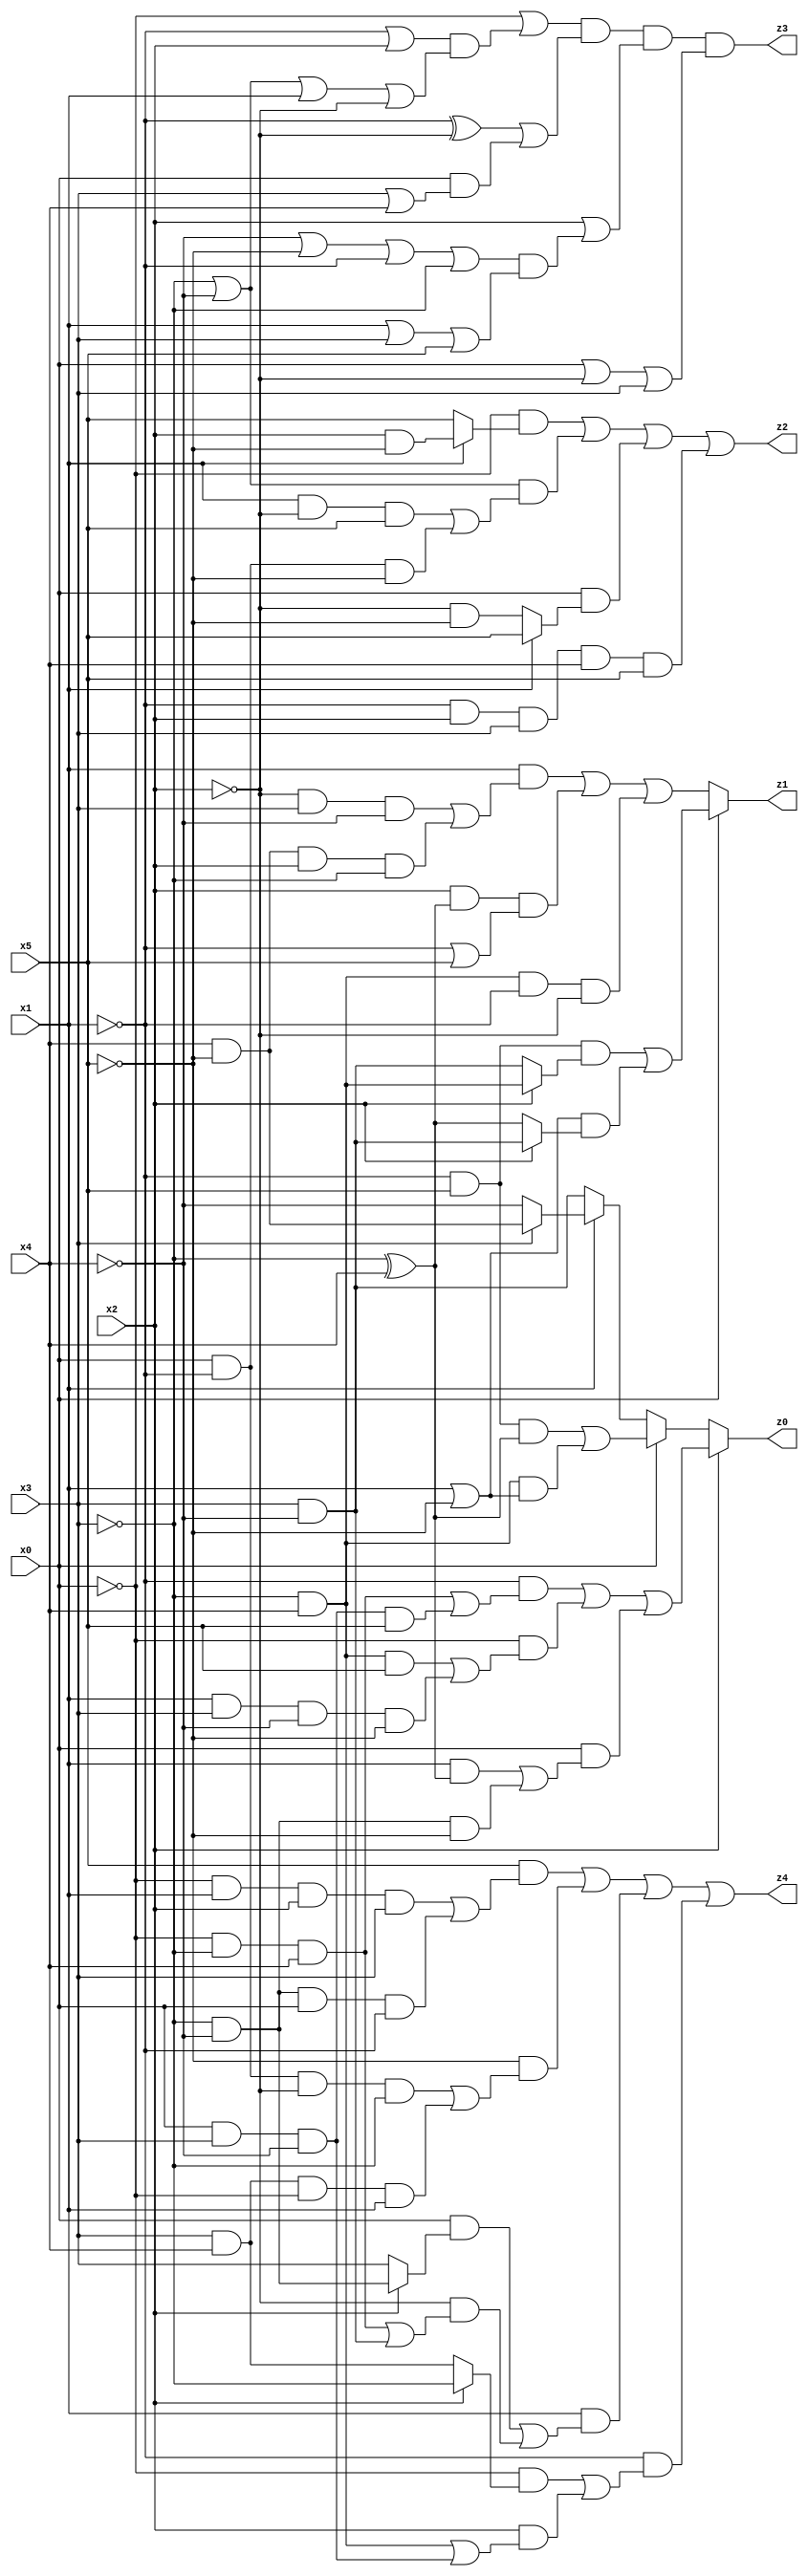
// Benchmark "q_6" written by ABC on Fri Jul 07 23:51:01 2023

module q_6 ( 
    x0, x1, x2, x3, x4, x5,
    z0, z1, z2, z3, z4  );
  input  x0, x1, x2, x3, x4, x5;
  output z0, z1, z2, z3, z4;
  assign z0 = x2 ? ((~x1 & ((~x0 & ~x3 & x4) | (x0 & x3 & ~x4 & x5))) | (~x0 & ((~x3 & x4 & x5) | (x1 & x3 & ~x4 & ~x5))) | (x0 & ((x1 & (~x3 ^ x4)) | (~x3 & ~x4 & ~x5)))) : (x0 ? ((~x1 & x5 & (~x3 ^ x4)) | (~x3 & x4 & (x1 | ~x5))) : (x1 ? (x3 ? (x4 & ~x5) : ~x4) : (x3 & ~x4)));
  assign z1 = x0 ? ((~x1 & x5 & (x2 ? (~x3 & x4) : (x3 & ~x4))) | ((x1 | ~x5) & (x2 ? (x3 & ~x4) : (~x3 ^ x4)))) : ((x1 & ((~x2 & x3 & ~x4) | (x4 & ~x5 & x2 & ~x3))) | (x2 & (~x3 ^ x4) & (~x1 | x5)) | (~x3 & x4 & ~x1 & ~x2));
  assign z2 = (~x0 & (x1 ? (x2 & ~x5) : x5)) | ((~x3 | ~x4) & ((x1 & ~x2 & x5) | (x0 & ~x1 & ~x5))) | (x0 & (x1 ? x5 : (~x2 & ~x5))) | (~x1 & x2 & x3 & x4 & x5);
  assign z3 = (~x0 | ((~x1 | x2) & (~x3 | ~x4 | x1 | ~x2))) & ((~x1 ^ ~x2) | (x0 & (x3 | x4))) & (x2 | ((~x4 | ~x5 | ~x1 | ~x3) & (x1 | x3 | x5))) & (x0 | ~x2 | x3);
  assign z4 = (x5 & ((~x0 & x1 & x2 & x3) | (~x3 & ~x4 & x0 & ~x1))) | (~x5 & ((x0 & ~x1 & ~x2 & ~x3) | (x3 & x4 & ~x0 & x1))) | (x1 & ((x0 & (x2 ? (~x3 & ~x4) : x3)) | (~x2 & ((~x0 & ~x3 & x4) | (x3 & ~x4))))) | (~x1 & ((~x0 & (x2 ? ~x3 : (x3 & x4))) | (x2 & ((~x3 & x4) | (x0 & x3 & ~x4)))));
endmodule